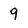
Character: 9